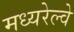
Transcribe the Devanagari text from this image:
मध्यरेल्वे